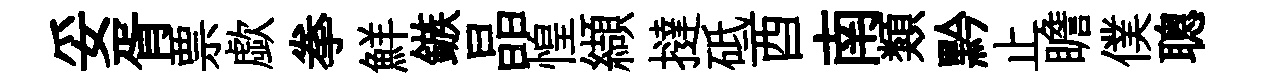
妥胥票歔拳鮮鏃晶惶纈撻砥酉南類黔止瞻僕聰